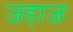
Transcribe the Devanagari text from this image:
जहाजः